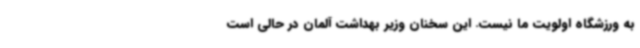
به ورزشگاه اولویت ما نیست. این سخنان وزیر بهداشت آلمان در حالی است